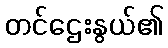
တင်ဌေးနွယ်၏